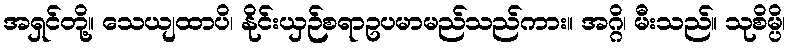
အရှင်တို့။ သေယျထာပိ၊ နိုင်းယှဉ်စရာဥပမာမည်သည်ကား။ အဂ္ဂိ၊ မီးသည်။ သုစိမ္ပိ၊